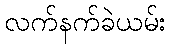
လက်နက်ခဲယမ်း